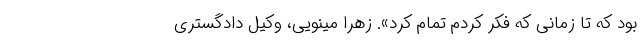
بود که تا زمانی که فکر کردم تمام کرد». زهرا مینویی، وکیل دادگستری